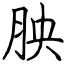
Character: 胦